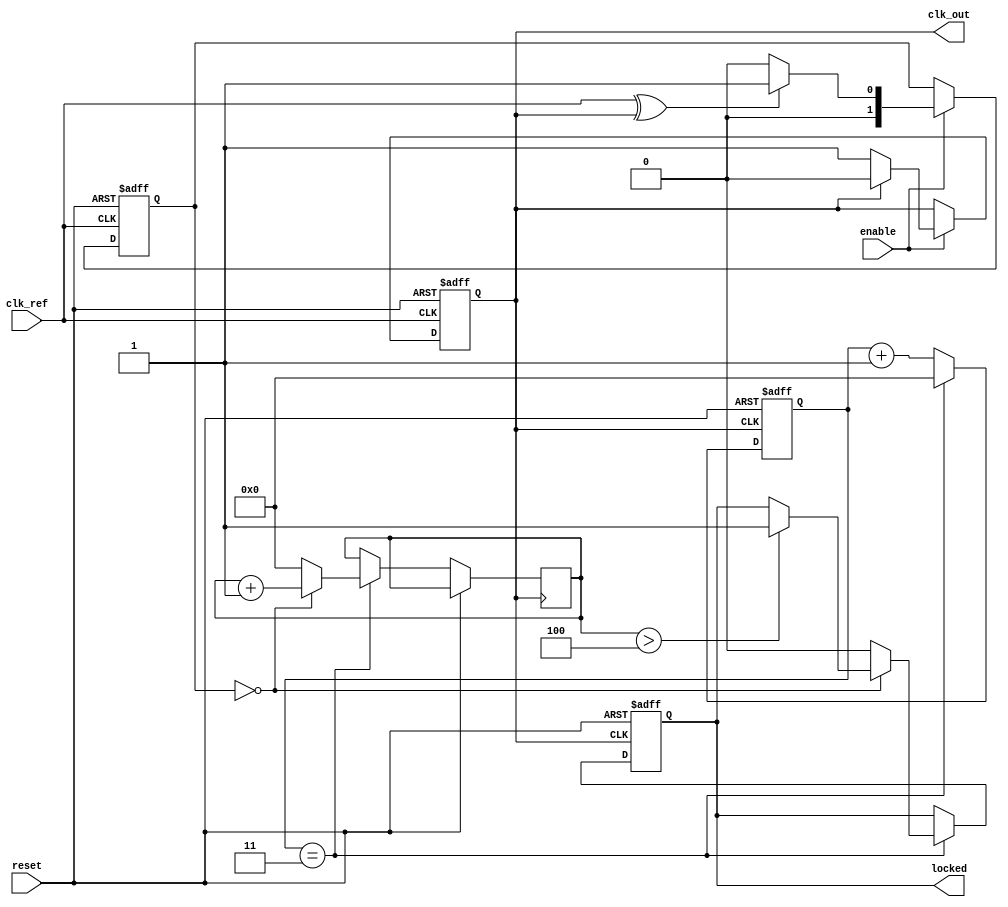
module low_jitter_PLL (
    input wire clk_ref,           // Reference clock input
    input wire reset,             // Reset signal
    input wire enable,            // Enable signal for PLL
    output reg clk_out,           // Output clock
    output reg locked             // Lock indicator
);

// Parameters for PLL
parameter N = 4;                  // Frequency division factor
parameter VCO_MAX_FREQ = 100;    // Maximum VCO frequency
parameter VCO_MIN_FREQ = 10;      // Minimum VCO frequency

// Internal signals
reg [1:0] phase_error;            // Phase error signal from PD
reg charge_pump_pulse;            // Charge pump output pulse
reg [7:0] control_voltage;         // Control voltage for VCO
reg [7:0] vco_freq;               // VCO frequency
reg [N-1:0] divider_count;        // Frequency divider count
reg [3:0] lock_counter;           // Counter for lock detection

// Phase Detector (PD)
always @(posedge clk_ref or posedge reset) begin
    if (reset) begin
        phase_error <= 2'b00;
    end else if (enable) begin
        // Simple phase detector logic (XOR based)
        // Assume feedback_clk is the output of the frequency divider
        if (clk_ref ^ clk_out) begin
            phase_error <= 2'b01; // Phase error detected
        end else begin
            phase_error <= 2'b00; // No phase error
        end
    end
end

// Charge Pump (CP)
always @(posedge clk_ref or posedge reset) begin
    if (reset) begin
        charge_pump_pulse <= 1'b0;
    end else if (enable) begin
        // Charge pump logic based on phase error
        if (phase_error == 2'b01) begin
            charge_pump_pulse <= 1'b1; // Charge
        end else if (phase_error == 2'b00) begin
            charge_pump_pulse <= 1'b0; // Discharge
        end
    end
end

// Loop Filter (LF)
always @(posedge clk_ref or posedge reset) begin
    if (reset) begin
        control_voltage <= 8'b00000000;
    end else if (enable) begin
        // Simple loop filter logic
        if (charge_pump_pulse) begin
            control_voltage <= control_voltage + 1; // Increase voltage
        end else begin
            control_voltage <= control_voltage - 1; // Decrease voltage
        end
    end
end

// Voltage-Controlled Oscillator (VCO)
always @(posedge clk_ref or posedge reset) begin
    if (reset) begin
        vco_freq <= VCO_MIN_FREQ;
        clk_out <= 1'b0;
    end else if (enable) begin
        // Adjust VCO frequency based on control voltage
        if (control_voltage > 128) begin
            vco_freq <= VCO_MAX_FREQ; // Max frequency
        end else if (control_voltage < 128) begin
            vco_freq <= VCO_MIN_FREQ; // Min frequency
        end

        // Generate output clock based on VCO frequency
        clk_out <= (clk_out == 1'b0) ? 1'b1 : 1'b0; // Toggle output clock
    end
end

// Frequency Divider
always @(posedge clk_out or posedge reset) begin
    if (reset) begin
        divider_count <= 0;
        locked <= 1'b0;
    end else begin
        divider_count <= divider_count + 1;
        if (divider_count == N-1) begin
            // Feedback signal to PD
            // Reset divider count
            divider_count <= 0;
            // Check lock condition
            if (phase_error == 2'b00) begin
                lock_counter <= lock_counter + 1;
                if (lock_counter > 4) begin // Lock threshold
                    locked <= 1'b1;
                end
            end else begin
                lock_counter <= 0; // Reset lock counter
                locked <= 1'b0; // Not locked
            end
        end
    end
end

endmodule